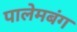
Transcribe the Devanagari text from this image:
पालेमबंग